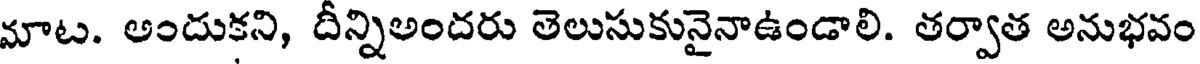
మాట. అందుకని, దీన్నిఅందరు తెలుసుకునైనాఉండాలి. తర్వాత అనుభవం